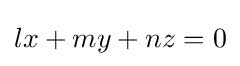
lx+my+nz=0